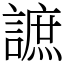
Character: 謶